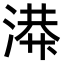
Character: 𫞙